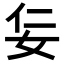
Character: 𡛉